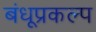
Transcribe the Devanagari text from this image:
बंधूप्रकल्प